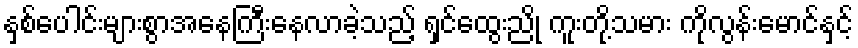
နှစ်ပေါင်းများစွာအနေကြီးနေလာခဲ့သည့် ရှင်ထွေးညို ကူးတို့သမား ကိုလွန်းမောင်နှင့်